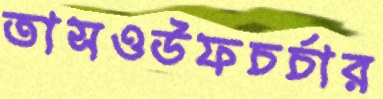
তাসওউফচর্চার